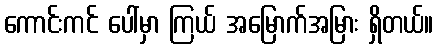
ကောင်းကင် ပေါ်မှာ ကြယ် အမြောက်အမြား ရှိတယ်။